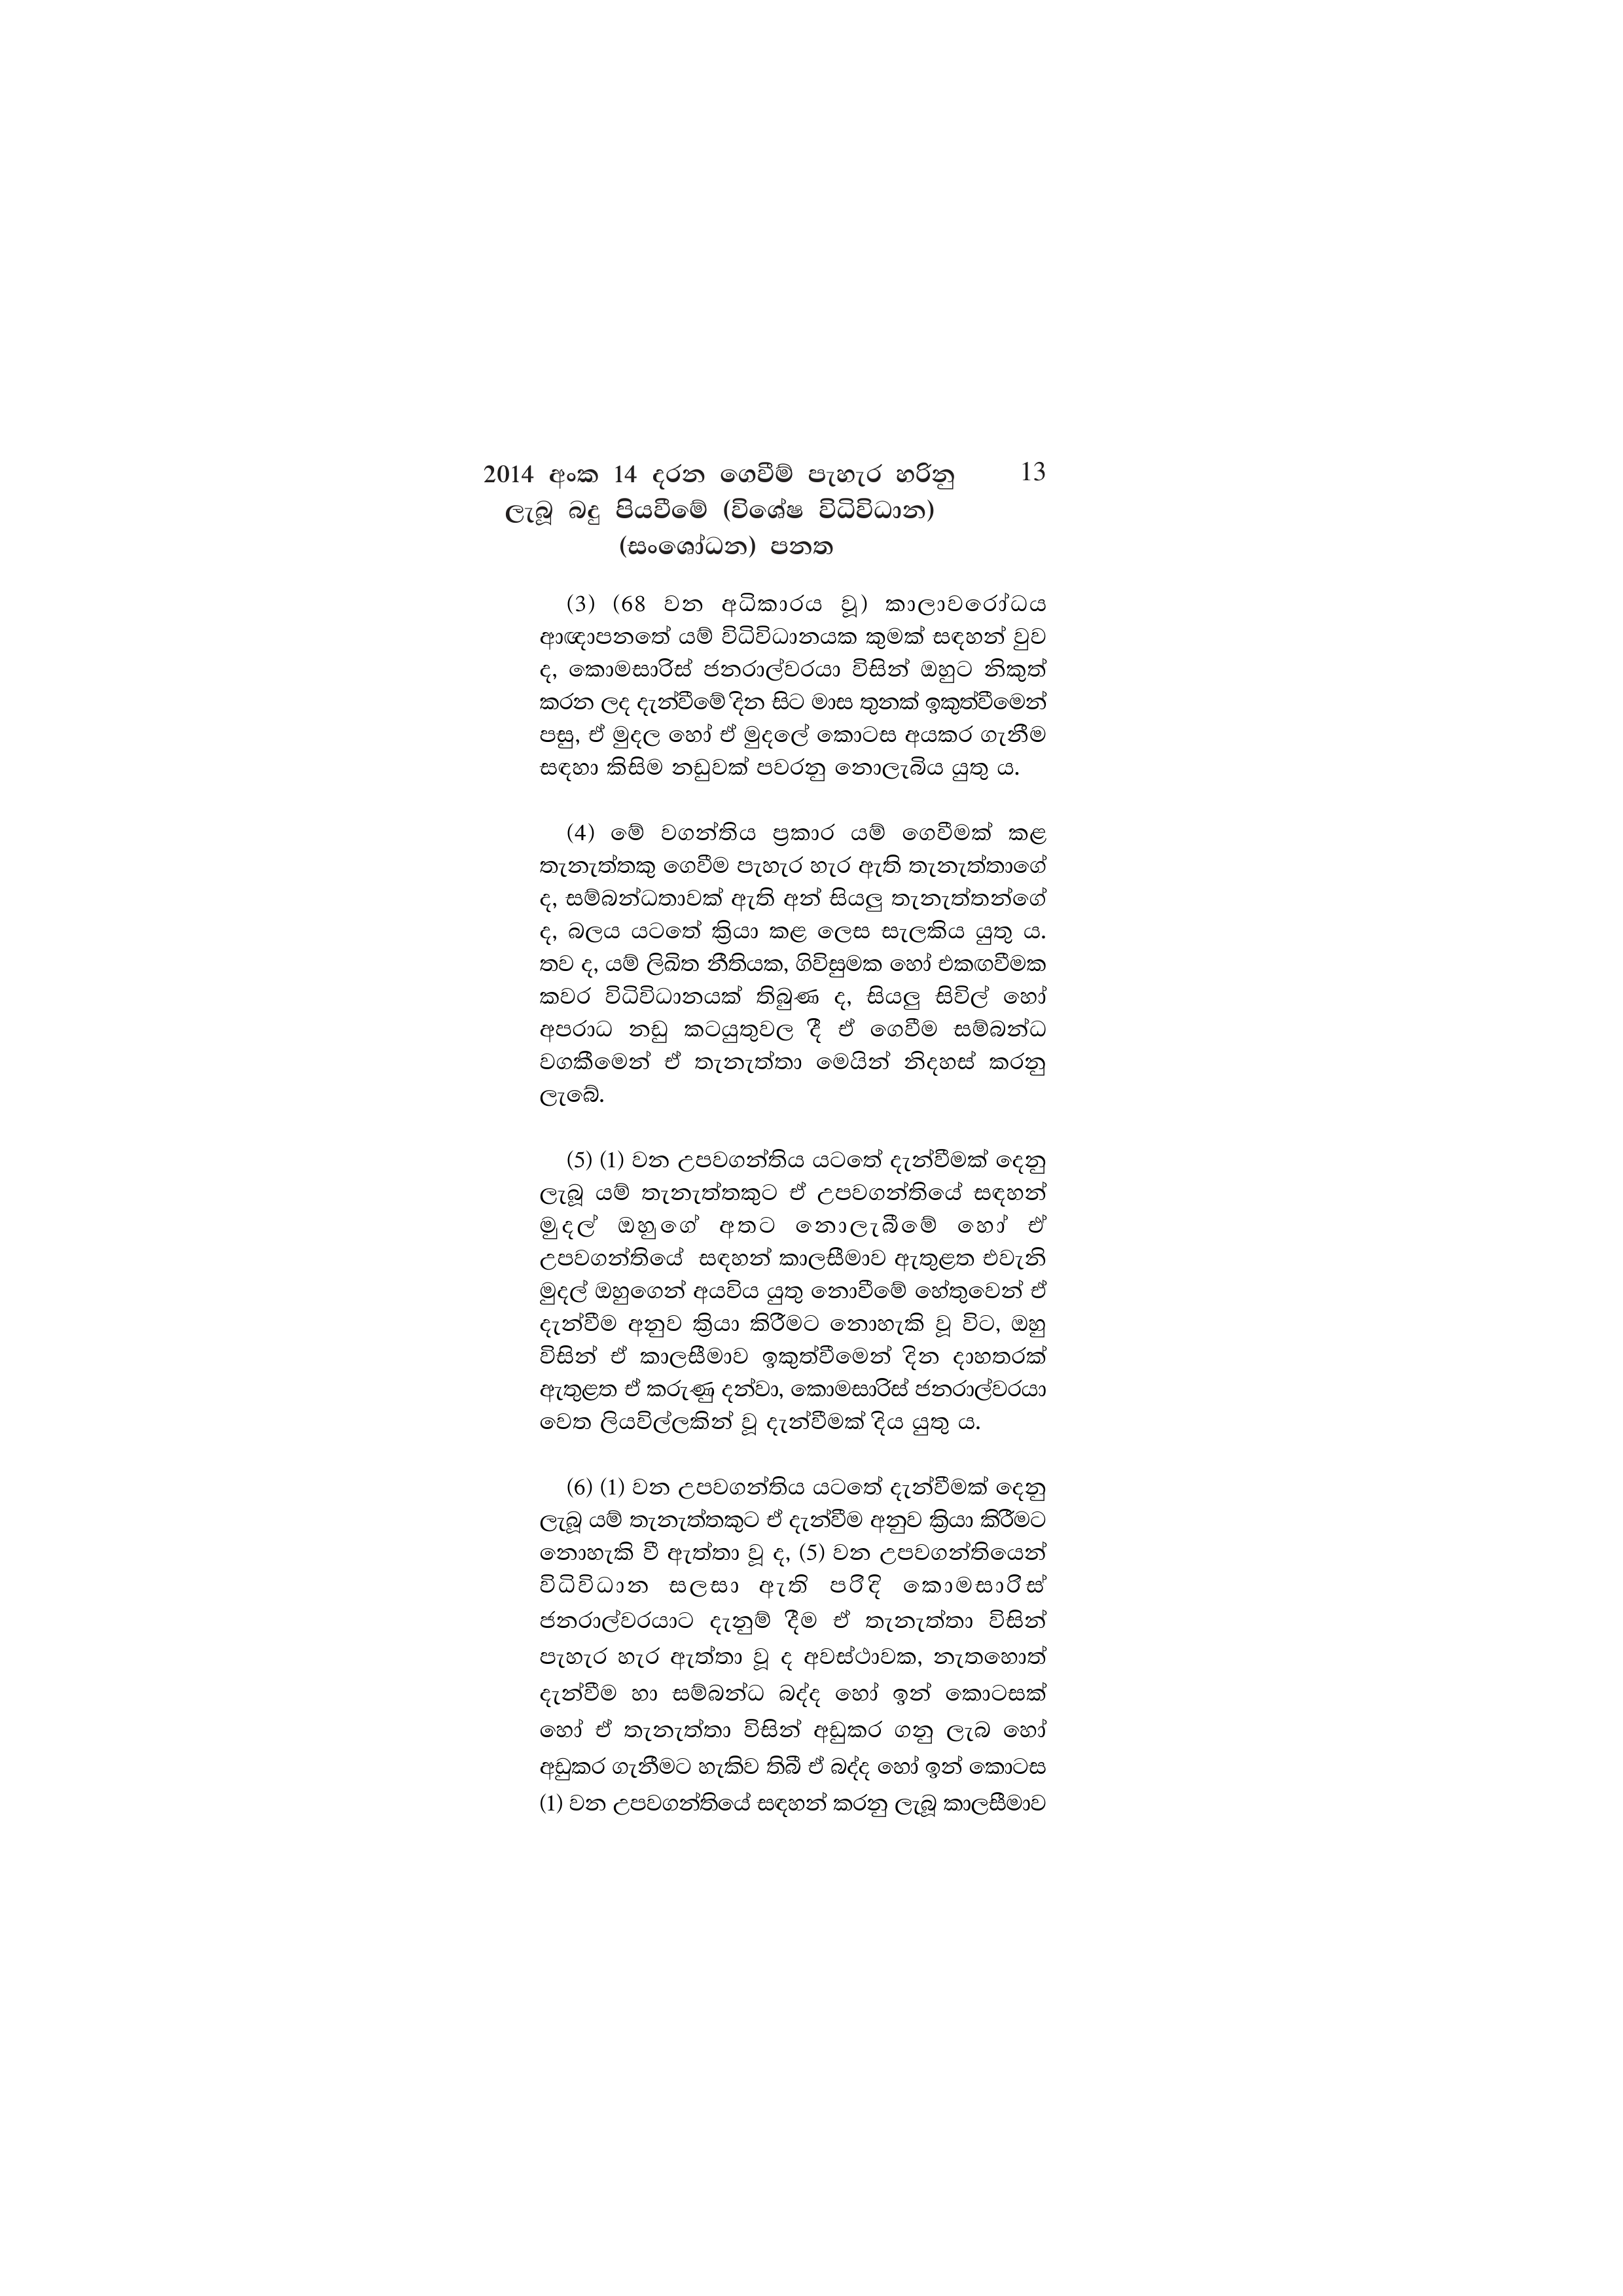
2014 අංක 14 දරන ගෙවීම් පැහැර හරිනු 13
ලැබූ බදු පියවීමේ (විශේෂ විධිවිධාන)
(සංශෝධන) පනත

(3) (68 වන අධිකාරය වූ) කාලාවරෝධය
ආඥාපනතේ යම් විධිවිධානයක කුමක් සඳහන් වුව
ද, කොමසාරිස් ජනරාල්වරයා විසින් ඔහුට නිකුත්
කරන ලද දැන්වීමේ දින සිට මාස තුනක් ඉකුත්වීමෙන්
පසු, ඒ මුදල හෝ ඒ මුදලේ කොටස අයකර ගැනීම
සඳහා කිසිම නඩුවක් පවරනු නොලැබිය යුතු ය.

(4) මේ වගන්තිය ප්‍රකාර යම් ගෙවීමක් කළ
තැනැත්තකු ගෙවීම පැහැර හැර ඇති තැනැත්තාගේ
ද, සම්බන්ධතාවක් ඇති අන් සියලු තැනැත්තන්ගේ
ද, බලය යටතේ ක්‍රියා කළ ලෙස සැලකිය යුතු ය.
තව ද, යම් ලිඛිත නීතියක, ගිවිසුමක හෝ එකඟවීමක
කවර විධිවිධානයක් තිබුණ ද, සියලු සිවිල් හෝ
අපරාධ නඩු කටයුතුවල දී ඒ ගෙවීම සම්බන්ධ
වගකීමෙන් ඒ තැනැත්තා මෙයින් නිදහස් කරනු
ලැබේ.

(5) (1) වන උපවගන්තිය යටතේ දැන්වීමක් දෙනු
ලැබූ යම් තැනැත්තකුට ඒ උපවගන්තියේ සඳහන්
මුදල් ඔහුගේ අතට නොලැබීමේ හෝ ඒ
උපවගන්තියේ සඳහන් කාලසීමාව ඇතුළත එවැනි
මුදල් ඔහුගෙන් අයවිය යුතු නොවීමේ හේතුවෙන් ඒ
දැන්වීම අනුව ක්‍රියා කිරීමට නොහැකි වූ විට, ඔහු
විසින් ඒ කාලසීමාව ඉකුත්වීමෙන් දින දාහතරක්
ඇතුළත ඒ කරුණු දන්වා, කොමසාරිස් ජනරාල්වරයා
වෙත ලියවිල්ලකින් වූ දැන්වීමක් දිය යුතු ය.

(6) (1) වන උපවගන්තිය යටතේ දැන්වීමක් දෙනු
ලැබූ යම් තැනැත්තකුට ඒ දැන්වීම අනුව ක්‍රියා කිරීමට
නොහැකි වී ඇත්තා වූ ද, (5) වන උපවගන්තියෙන්
විධිවිධාන සලසා ඇති පරිදි කොමසාරිස්
ජනරාල්වරයාට දැනුම් දීම ඒ තැනැත්තා විසින්
පැහැර හැර ඇත්තා වූ ද අවස්ථාවක, නැතහොත්
දැන්වීම හා සම්බන්ධ බද්ද හෝ ඉන් කොටසක්
හෝ ඒ තැනැත්තා විසින් අඩුකර ගනු ලැබ හෝ
අඩුකර ගැනීමට හැකිව තිබී ඒ බද්ද හෝ ඉන් කොටස
(1) වන උපවගන්තියේ සඳහන් කරනු ලැබූ කාලසීමාව